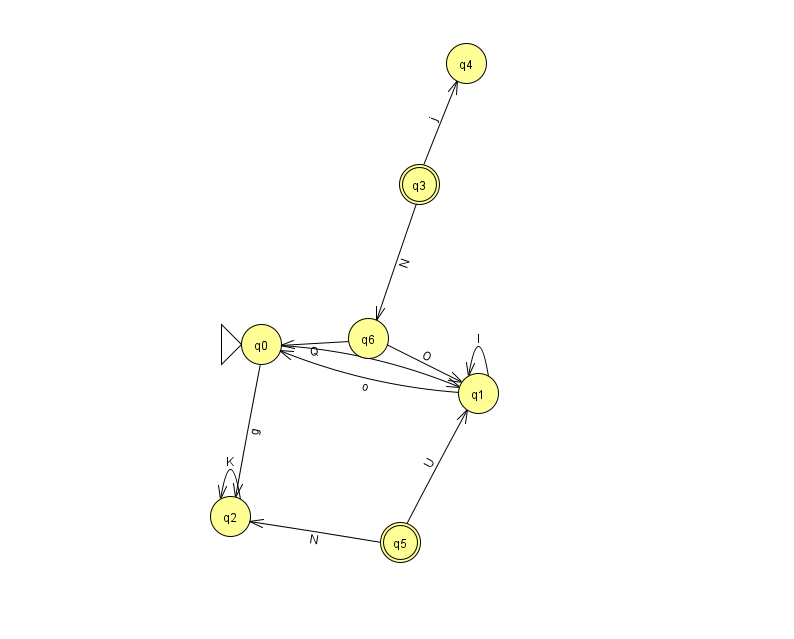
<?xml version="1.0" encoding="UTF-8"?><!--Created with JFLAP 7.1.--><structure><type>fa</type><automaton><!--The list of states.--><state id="0" name="q0"><x>261.0</x><y>331.0</y><initial/></state><state id="1" name="q1"><x>478.0</x><y>380.0</y></state><state id="2" name="q2"><x>230.0</x><y>503.0</y></state><state id="3" name="q3"><x>419.0</x><y>171.0</y><final/></state><state id="4" name="q4"><x>466.0</x><y>50.0</y></state><state id="5" name="q5"><x>400.0</x><y>529.0</y><final/></state><state id="6" name="q6"><x>368.0</x><y>325.0</y></state><!--The list of transitions.--><transition><from>1</from><to>0</to><read>o</read></transition><transition><from>3</from><to>6</to><read>N</read></transition><transition><from>5</from><to>2</to><read>N</read></transition><transition><from>0</from><to>1</to><read>y</read></transition><transition><from>0</from><to>2</to><read>g</read></transition><transition><from>6</from><to>0</to><read>Q</read></transition><transition><from>1</from><to>1</to><read>I</read></transition><transition><from>5</from><to>1</to><read>U</read></transition><transition><from>6</from><to>1</to><read>O</read></transition><transition><from>2</from><to>2</to><read>K</read></transition><transition><from>3</from><to>4</to><read>j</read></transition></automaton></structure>